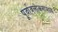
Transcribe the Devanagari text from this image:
पूर्वावलोकनामध्ये